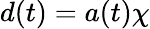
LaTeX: d(t)=a(t)\chi